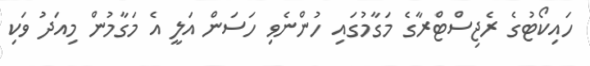
ހައިކޯޓުގެ ރެޖިސްޓްރާގެ މަގާމުގައި ހުންނެވި ހަސަން އަލީ އެ މަގާމުން މިއަދު ވަކި